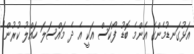
އަޅުގަނޑުމެންގެ އެންމެ ބޮޑު ފޯކަސް އަކީ އެ ދެ މައްސަލަ ހައްލު ކުރުން"